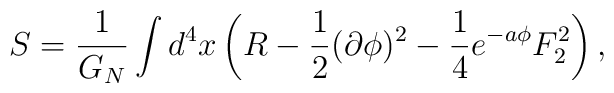
S={1\over G_N} \int d^4x \left( R -{1\over 2}(\partial\phi)^2 - {1\over4}e^{-a\phi} F_2^2 \right),